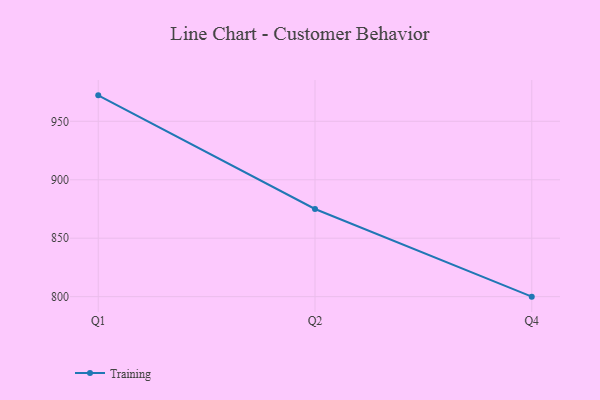
{"axis": {"x": "Quarter", "y": "Production Output"}, "legend": ["Training"], "data": [{"x": "Q1", "y": 972.2, "type": "Training"}, {"x": "Q2", "y": 875.0, "type": "Training"}, {"x": "Q4", "y": 800, "type": "Training"}]}